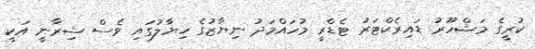
ކުރީގެ މަޝްހޫރު ޑައިރެކްޓަރު ޓެޑްރީ މުހައްމަދު ނިޔާޒުގެ ހިޔާލުގައި ވެސް ޝިރާނީ އަކީ